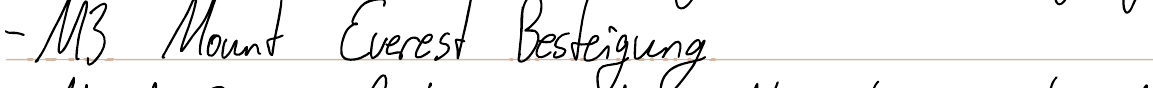
- M3 Mount Everest Besteigung